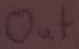
Text: out